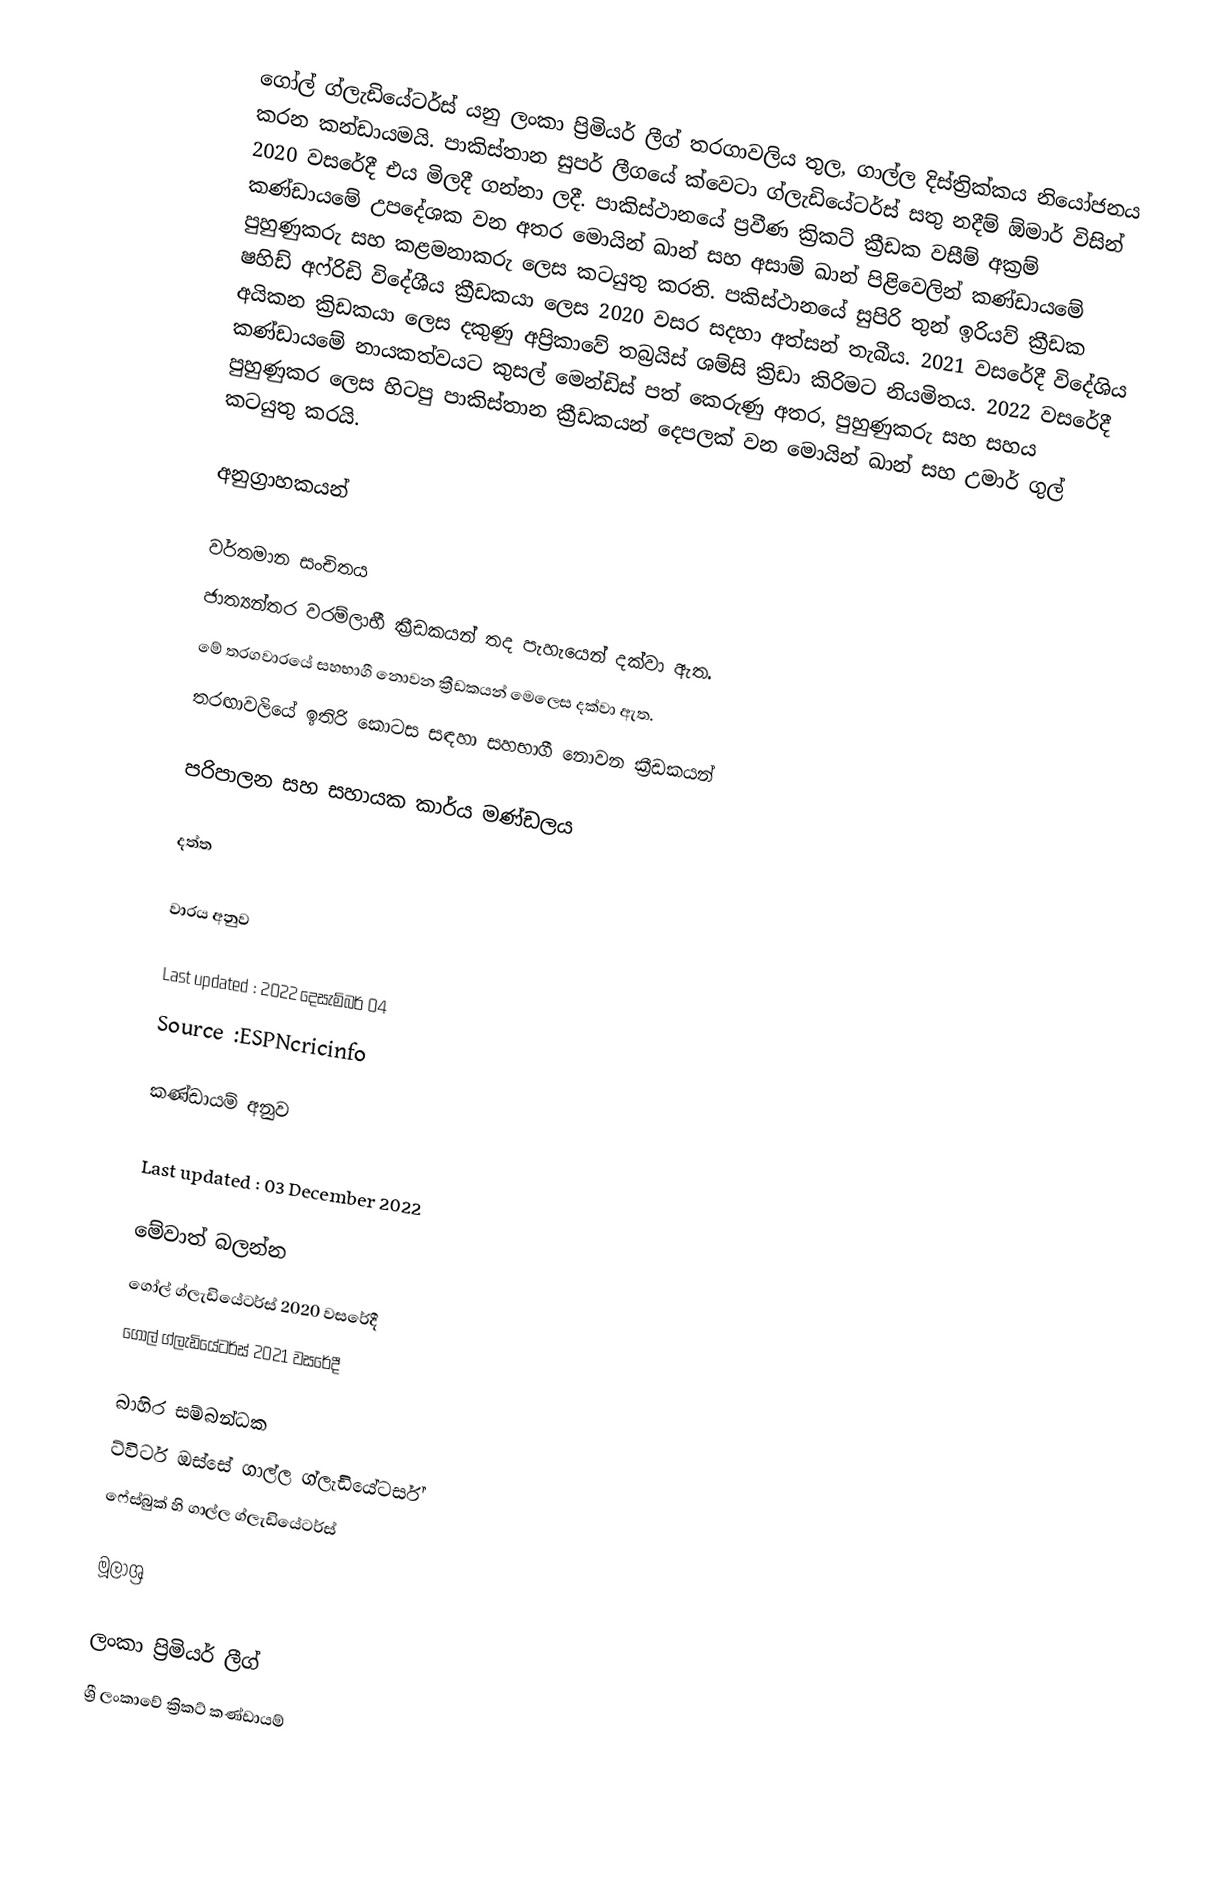
ගෝල් ග්ලැඩියේටර්ස් යනු  ලංකා ප්‍රිමියර් ලීග් තරගාවලිය තුල, ගාල්ල දිස්ත්‍රික්කය නියෝජනය කරන කන්ඩායමයි. පාකිස්තාන සුපර් ලීගයේ ක්වෙටා ග්ලැඩියේටර්ස් සතු නදීම් ඕමාර් විසින් 2020 වසරේදී එය මිලදී ගන්නා ලදී. පාකිස්ථානයේ ප්‍රවීණ ක්‍රිකට් ක්‍රීඩක වසීම් අක්‍රම් කණ්ඩායමේ උපදේශක වන අතර මොයින් ඛාන් සහ අසාම් ඛාන් පිළිවෙලින් කණ්ඩායමේ පුහුණුකරු සහ කළමනාකරු ලෙස කටයුතු කරති. පකිස්ථානයේ සුපිරි තුන් ඉරියව් ක්‍රීඩක ෂහිඩ් අෆ්රිඩි විදේශීය ක්‍රීඩකයා ලෙස 2020 වසර සදහා අත්සන් තැබීය. 2021 වසරේදී විදේශිය අයිකන ක්‍රිඩකයා ලෙස දකුණු අප්‍රිකාවේ තබ්‍රයිස් ශම්සි ක්‍රිඩා කිරිමට නියමිතය. 2022 වසරේදී කණ්ඩායමේ නායකත්වයට කුසල් මෙන්ඩිස් පත් කෙරුණු අතර, පුහුණුකරු සහ සහය පුහුණුකර ලෙස හිටපු පාකිස්තාන ක්‍රීඩකයන් දෙපලක් වන මොයින් ඛාන් සහ ⁣උමාර් ගුල් කටයුතු කරයි.

අනුග්‍රාහකයන්

වර්තමාන සංචිතය
 ජාත්‍යන්තර වරම්ලාභී ක්‍රීඩකයන් තද පැහැයෙන් දක්වා ඇත.
  මේ තරගවාරයේ සහභාගී නොවන ක්‍රීඩකයන් මෙලෙස දක්වා ඇත.
  තරඟාවලියේ ඉතිරි කොටස සඳහා සහභාගී නොවන ක්‍රීඩකයන්

පරිපාලන සහ සහායක කාර්ය මණ්ඩලය

දත්ත

වාරය අනුව

 Last updated : 2022 දෙසැම්බර් 04
 Source :ESPNcricinfo

කණ්ඩායම් අනුව

  Last updated : 03 December 2022

මේවාත් බලන්න
 ගෝල් ග්ලැඩියේටර්ස් 2020 වසරේදී
 ගෝල් ග්ලැඩියේටර්ස් 2021 වසරේදී

බාහිර සම්බන්ධක
 ට්විටර් ඔස්සේ ගාල්ල ග්ලැඩියේටර්ස්
 ෆේස්බුක් හි ගාල්ල ග්ලැඩියේටර්ස්

මූලාශ්‍ර

ලංකා ප්‍රිමියර් ලීග්
ශ්‍රී ලංකාවේ ක්‍රිකට් කණ්ඩායම්